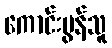
ကောင်းမွန်သူ